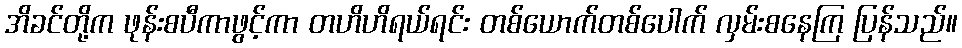
အိခင်တို့က ဖုန်းစပီကာဖွင့်ကာ တဟိဟိရယ်ရင်း တစ်ယောက်တစ်ပေါက် လှမ်းစနေကြ ပြန်သည်။